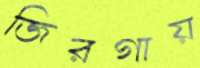
জিরগায়